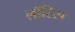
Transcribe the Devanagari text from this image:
लॉरिस